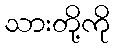
သားတို့ကို